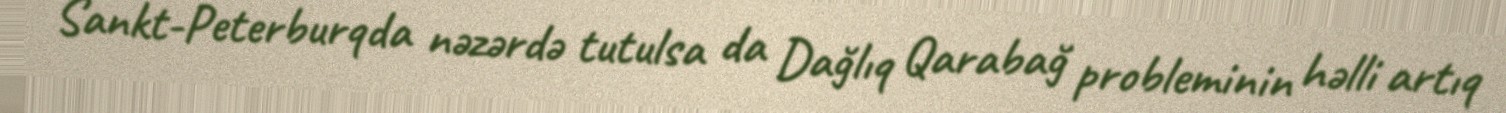
Sankt-Peterburqda nəzərdə tutulsa da Dağlıq Qarabağ probleminin həlli artıq